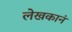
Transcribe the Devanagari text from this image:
लेखकानं